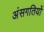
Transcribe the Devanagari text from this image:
अंसगतियों